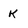
Character: k